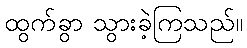
ထွက်ခွာ သွားခဲ့ကြသည်။